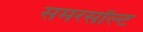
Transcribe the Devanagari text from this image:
समरसॉल्ट